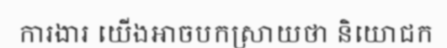
ការងារ យើងអាចបកស្រាយថា និយោជក